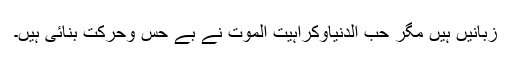
زبانیں ہیں مگر حب الدنیاوکراہیت الموت نے بے حس وحرکت بنائی ہیں۔